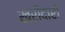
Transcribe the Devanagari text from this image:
खरीदारो